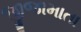
જીજામાતા